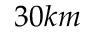
3 0 k m